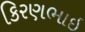
કિરણભાઇ